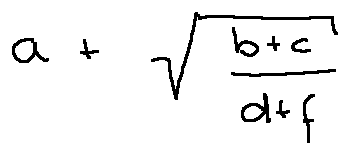
a + \sqrt { \frac { b + c } { d + f } }